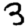
Digit: 3